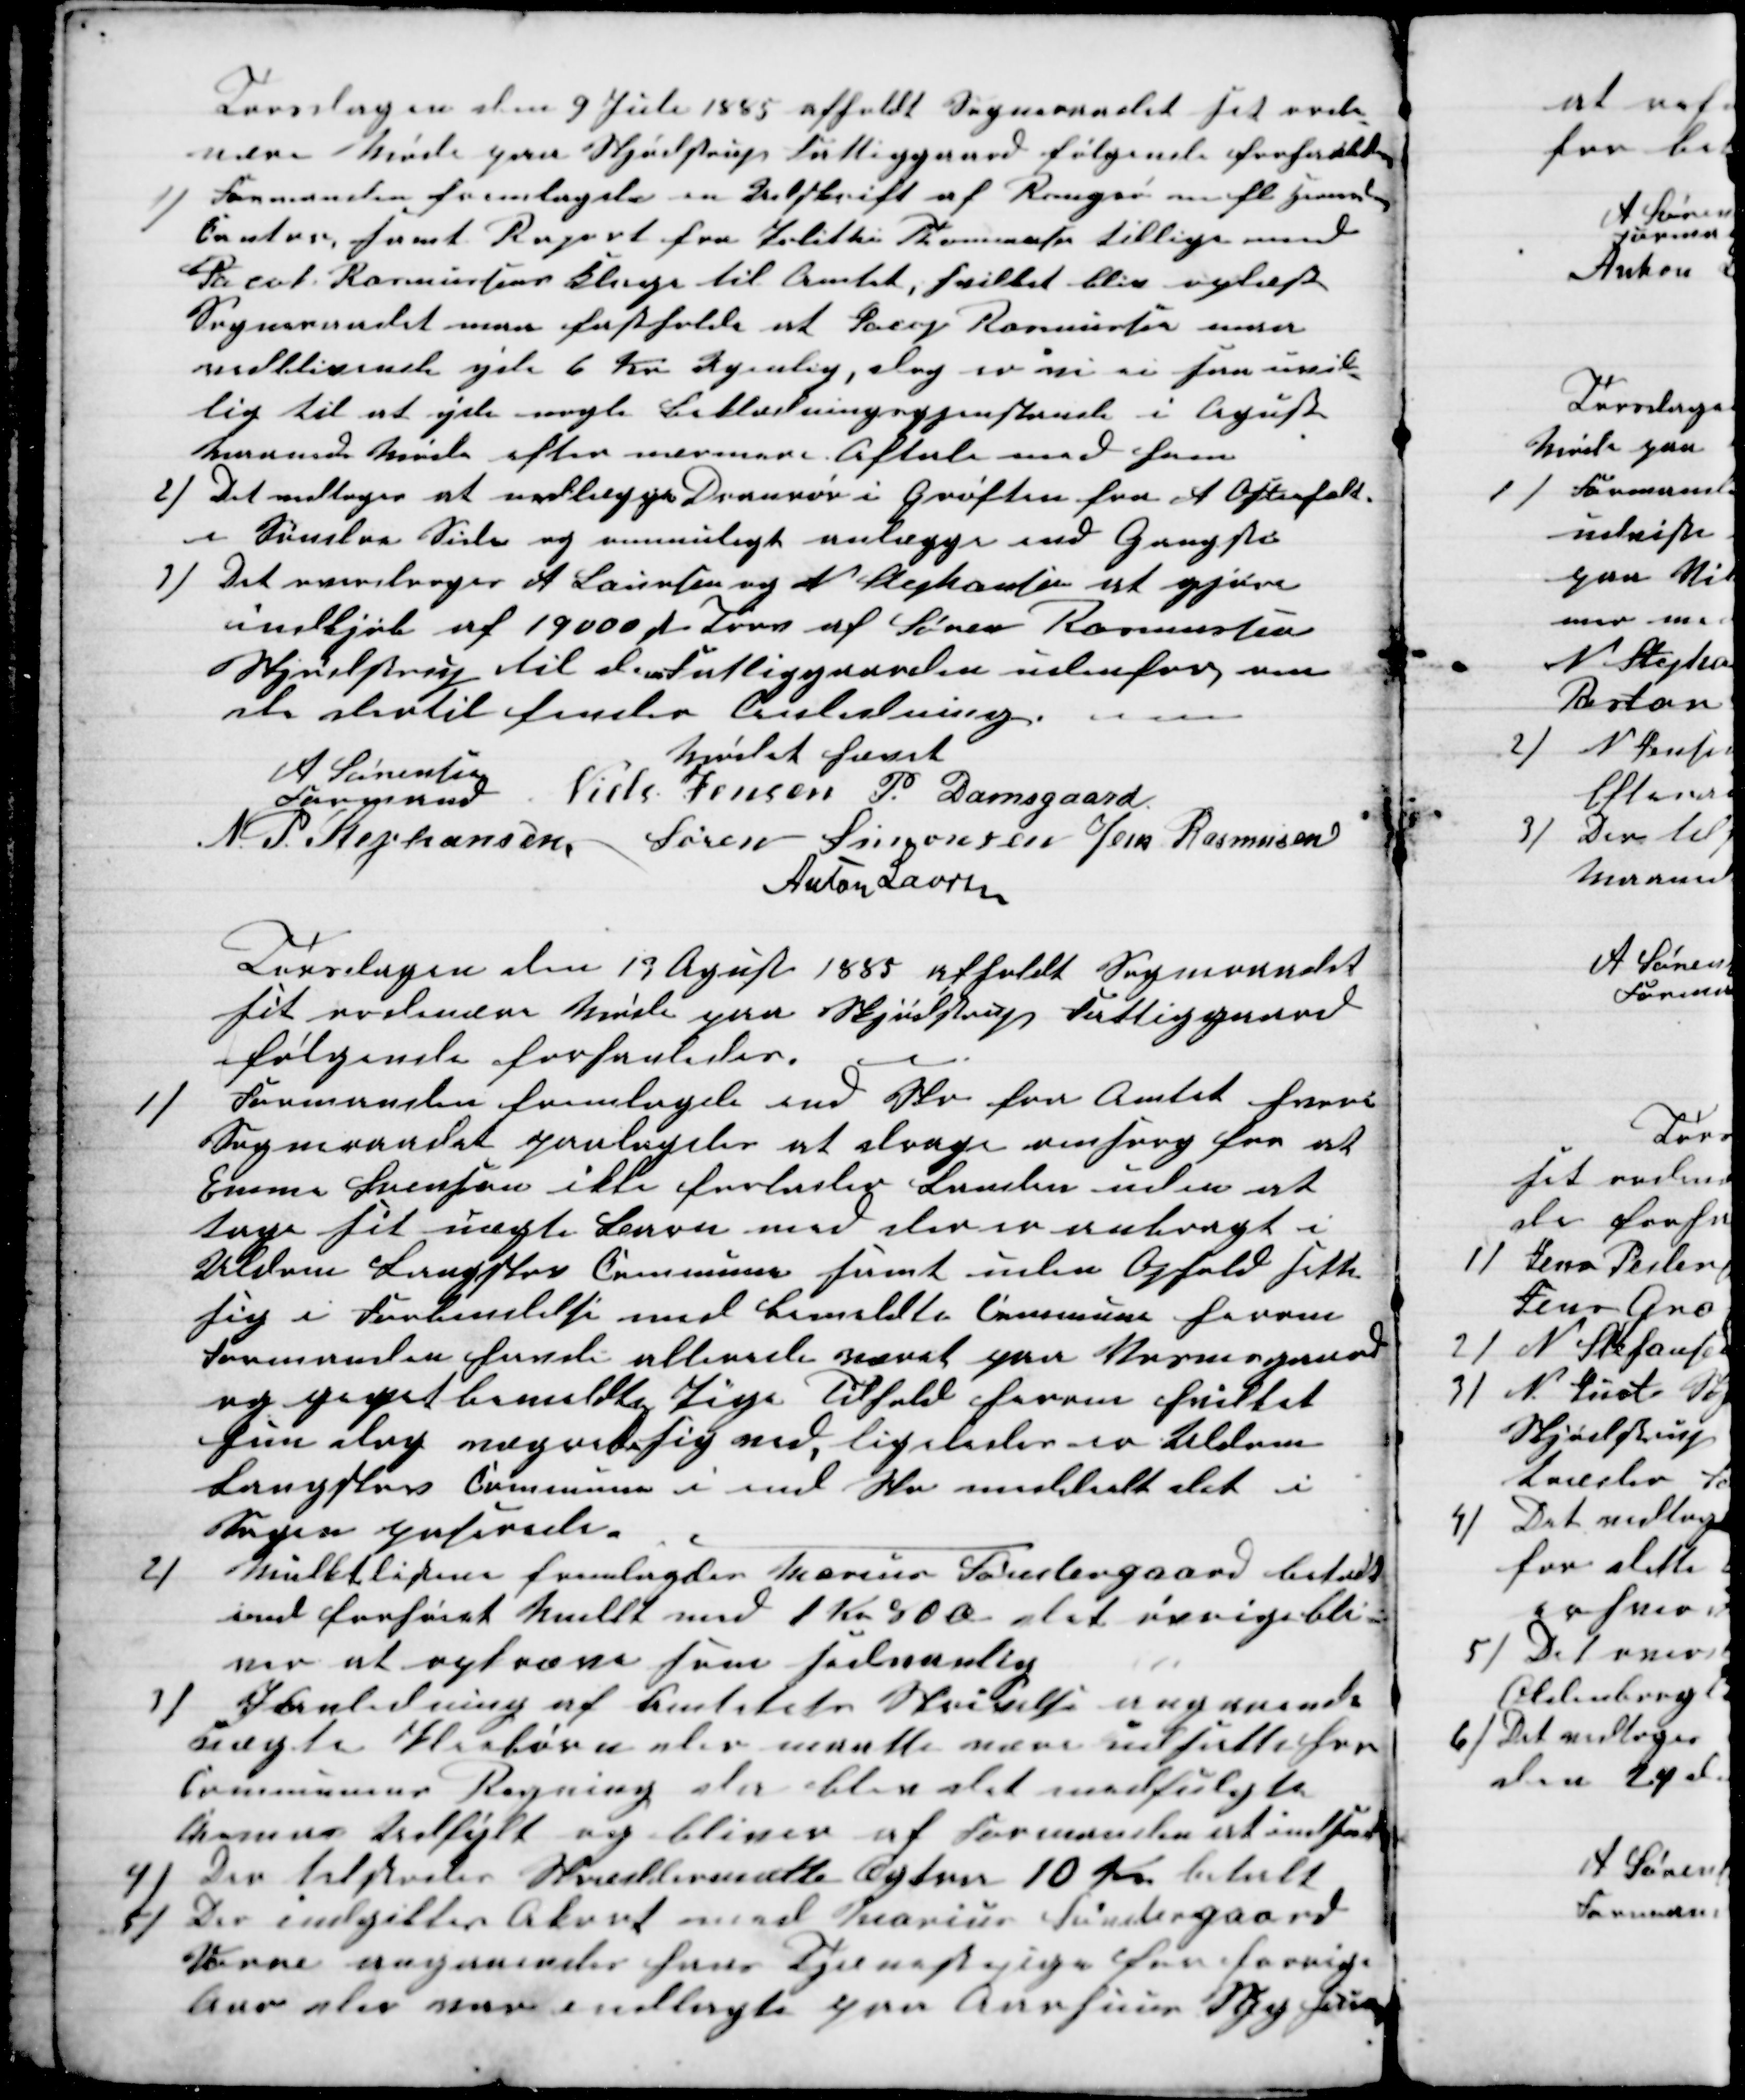
Transskription:
Torsdagen den 9 Juli 1885 afholdt Sogneraadet sit ordi-
nære Møde paa Skjødstrup Fattiggaard følgende forhandledes
1) Formanden fremlagde en Afskrift af Rougsø m.fl. Herreds-
Contor, samt Raport fra Polithi Thomassen tillige med
Jacob Rasmussens Klage til Amtet, hvilket blev oplæst
Sogneraadet maa fastholde at Jacop Rasmussen maa
vedblivende yde 6 Kr Ugenlig, dog er vi ei saa uvil-
lig til at yde nogle Beklædningsgenstande i Agust
Maaneds Møde efter nærmere Aftale med ham
2) Det vedtoges at nedlægge Drænrør i Grøften fra A Ostenfelt.
i Søndre Side og ommuligt anlægge end Gangsti
1) Det overdroges A Laursen og N Stephansen at gjøre
indkjøb af 19000 st Tørv af Søren Rasmussen
Skjødstrup til dem Fattiggaarden udenfor, om
de dertil finder Anledning.
Mødet hævet
A Sørensen
Formand 
Niels Jensen P. Damsgaard
N. P. Stephansen Søren Simonsen Jens Rasmusen
Anton Laursen
Torsdagen den 19 Agust 1885 afholdt Sogneraadet
sit ordinære Møde paa Skjødstrup Fattiggaard
følgende forhanledes.
1)
Formanden fremlagde end Skr fra Amtet hvori
Sogneraadet paalagdes at drage omsorg for at
Emma Svenson ikke forlader Landen uden at
tage sit uægte Barn med der er anbragt i
Uldum Langskov Commune samt uden Ophold sette
sig i Forbindelse med bemeldte Commune herom
Formanden havde allerede været paa Vosnesgaard
og givet bemeldte Pige Tilhold herom hvilket
hun dog nægtede sig ved, ligeledes er Uldum
Langskov Commune i end Skr meddelt det i
Sagen paserede.
2)
Mulktlisterne fremlagdes Marius Søndergaard betalt
end forhøiet Mulkt med 1 Kr. 80 Ø det øvrige bli-
ver at opkræve som sedvanlig
3)
I Anledning af Amtetets Skrivelse angaaende
uægte Pleiebørn der maatte være udsatte hos
Communens Regning der blev det medfulgte
Chema Udfylt og bliver af Formanden at indsende
4)
Der tilstodes Skræddermette Æxtra 10 Kr betalt
5) Der indgikkes Akord med Marius Søndergaard
Vorre angaaende hans Tjenstepige for forrige
Aar der var indlagt paa Aarhuus Sygehuus